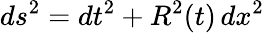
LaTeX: ds^{2}=dt^{2}+R^{2}(t)\, dx^{2}